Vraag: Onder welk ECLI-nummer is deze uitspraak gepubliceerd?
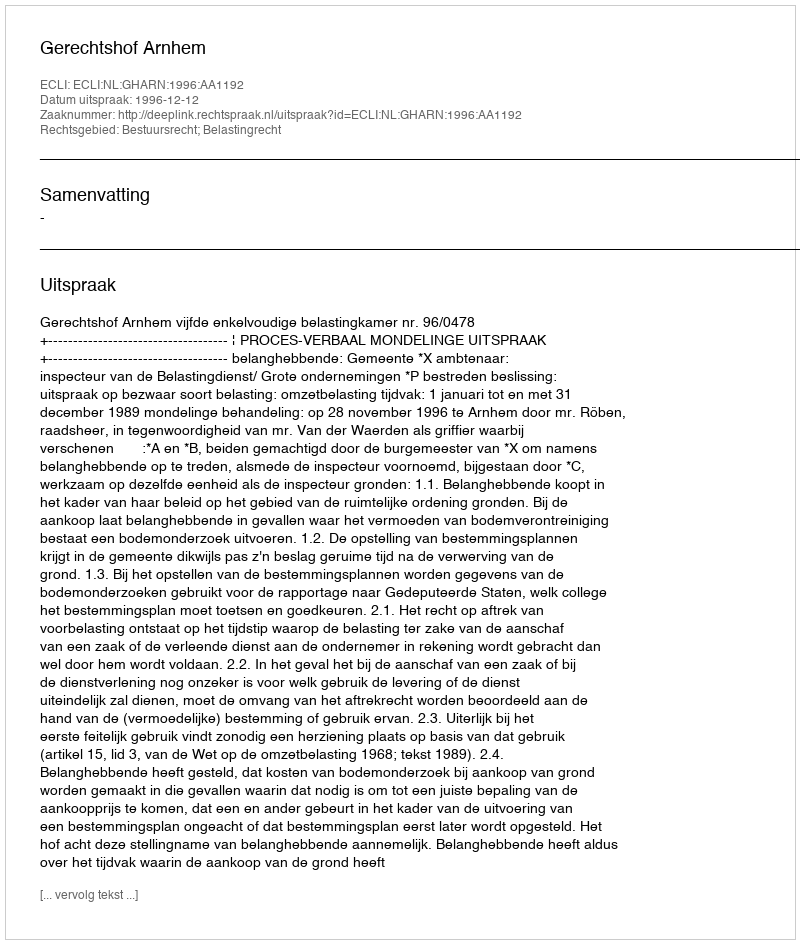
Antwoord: ECLI:NL:GHARN:1996:AA1192